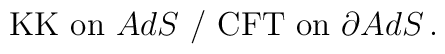
\mbox{KK on $AdS$} \,\, / \,\, \mbox{CFT on $\partial AdS$} \,.